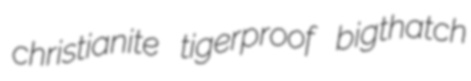
christianite tigerproof bigthatch